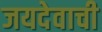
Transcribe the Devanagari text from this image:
जयदेवाची